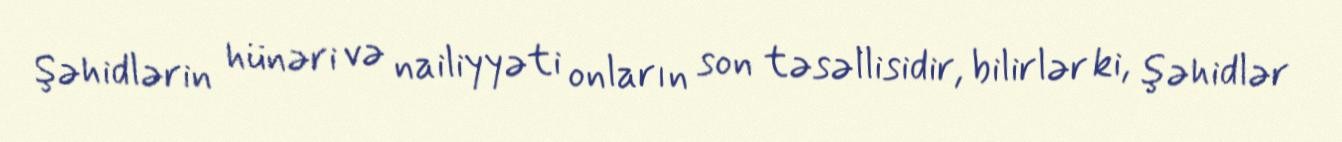
Şəhidlərin hünəri və nailiyyəti onların son təsəllisidir, bilirlər ki, şəhidlər